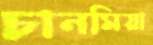
চানমিয়া